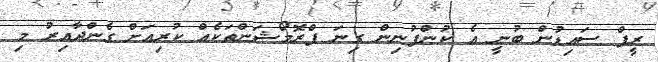
ރީފް ސައިޑުން ބުނީ އެ ކުންފުނިން ގިނަ ޕްރޮމޯޝަންތަކެއް ކުރިއަށް ގެންދާއިރު މި